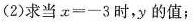
(2)求当。$$x = - 3$$时，y的值；